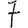
Digit: 7